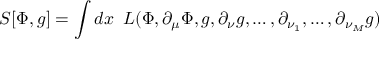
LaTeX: S [ \Phi , g ] = \int d x { \phantom { 0 } } { \cal L } ( \Phi , \partial _ { \mu } \Phi , g , \partial _ { \nu } g , \dots , \partial _ { \nu _ { 1 } } , \dots , \partial _ { \nu _ { M } } g )